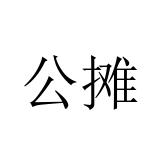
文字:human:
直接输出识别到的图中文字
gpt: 公摊